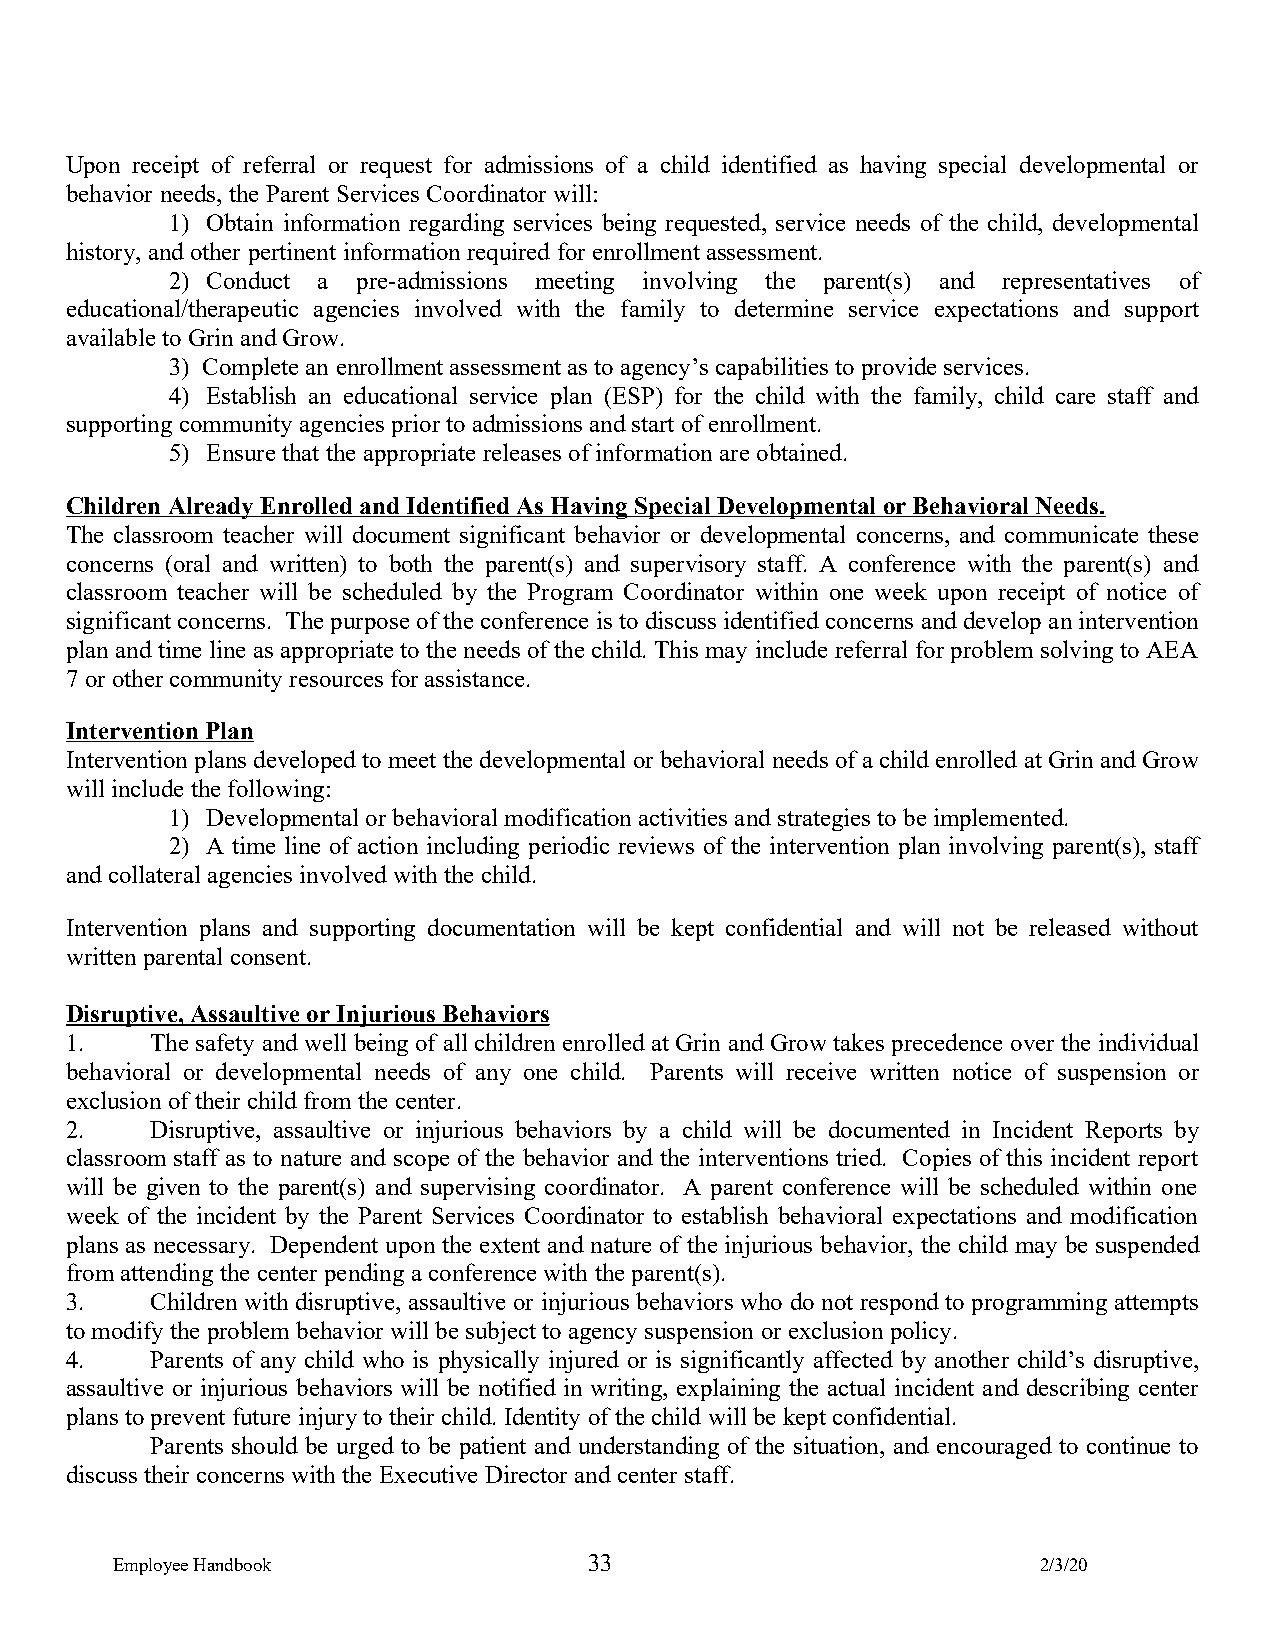
Upon receipt of referral or request for admissions of a child identified as having special developmental or
 behavior needs, the Parent Services Coordinator will:
 1) Obtain information regarding services being requested, service needs of the child, developmental
 history, and other pertinent information required for enrollment assessment.
 2) Conduct a pre-admissions meeting involving the parent(s) and representatives of
 educational/therapeutic agencies involved with the family to determine service expectations and support
 available to Grin and Grow.
 3) Complete an enrollment assessment as to agency’s capabilities to provide services.
 4) Establish an educational service plan (ESP) for the child with the family, child care staff and
 supporting community agencies prior to admissions and start of enrollment.
 5) Ensure that the appropriate releases of information are obtained.
 Children Already Enrolled and Identified As Having Special Developmental or Behavioral Needs.
 The classroom teacher will document significant behavior or developmental concerns, and communicate these
 concerns (oral and written) to both the parent(s) and supervisory staff. A conference with the parent(s) and
 classroom teacher will be scheduled by the Program Coordinator within one week upon receipt of notice of
 significant concerns. The purpose of the conference is to discuss identified concerns and develop an intervention
 plan and time line as appropriate to the needs of the child. This may include referral for problem solving to AEA
 7 or other community resources for assistance.
 Intervention Plan
 Intervention plans developed to meet the developmental or behavioral needs of a child enrolled at Grin and Grow
 will include the following:
 1) Developmental or behavioral modification activities and strategies to be implemented.
 2) A time line of action including periodic reviews of the intervention plan involving parent(s), staff
 and collateral agencies involved with the child.
 Intervention plans and supporting documentation will be kept confidential and will not be released without
 written parental consent.
 Disruptive, Assaultive or Injurious Behaviors
 1.    The safety and well being of all children enrolled at Grin and Grow takes precedence over the individual
 behavioral or developmental needs of any one child. Parents will receive written notice of suspension or
 exclusion of their child from the center.
 2.    Disruptive, assaultive or injurious behaviors by a child will be documented in Incident Reports by
 classroom staff as to nature and scope of the behavior and the interventions tried. Copies of this incident report
 will be given to the parent(s) and supervising coordinator. A parent conference will be scheduled within one
 week of the incident by the Parent Services Coordinator to establish behavioral expectations and modification
 plans as necessary. Dependent upon the extent and nature of the injurious behavior, the child may be suspended
 from attending the center pending a conference with the parent(s).
 3.    Children with disruptive, assaultive or injurious behaviors who do not respond to programming attempts
 to modify the problem behavior will be subject to agency suspension or exclusion policy.
 4.    Parents of any child who is physically injured or is significantly affected by another child’s disruptive,
 assaultive or injurious behaviors will be notified in writing, explaining the actual incident and describing center
 plans to prevent future injury to their child. Identity of the child will be kept confidential.
 Parents should be urged to be patient and understanding of the situation, and encouraged to continue to
 discuss their concerns with the Executive Director and center staff.
 Employee Handbook               33                            2/3/20